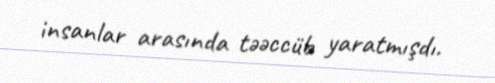
insanlar arasında təəccüb yaratmışdı.